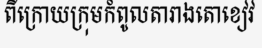
ពីក្រោយក្រុមកំពូលតារាងតោខៀវ